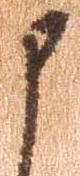
申